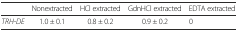
|  | Nonextracted | HCl extracted | GdnHCl extracted | EDTA extracted |
 | --- | --- | --- | --- | --- |
 | TRH-DE | 1.0 ± 0.1 | 0.8 ± 0.2 | 0.9 ± 0.2 | 0 |